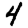
Digit: 4